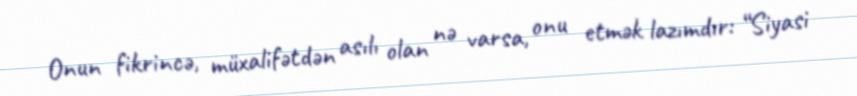
Onun fikrincə, müxalifətdən asılı olan nə varsa, onu etmək lazımdır: “Siyasi